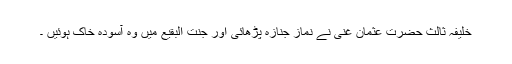
خلیفہ ثالث حضرت عثمان غنی ؓنے نماز جنازہ پڑھائی اور جنت البقیع میں وہ آسودہ خاک ہوئیں ۔